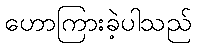
ဟောကြားခဲ့ပါသည်